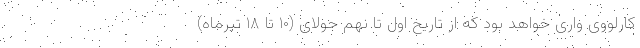
کارلووی واری خواهد بود که از تاریخ اول تا نهم جولای (۱۰ تا ۱۸ تیرماه)